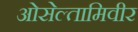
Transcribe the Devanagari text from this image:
ओसेल्तामिवीर